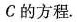
C的方程.